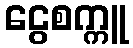
ငွေစက္ကူ